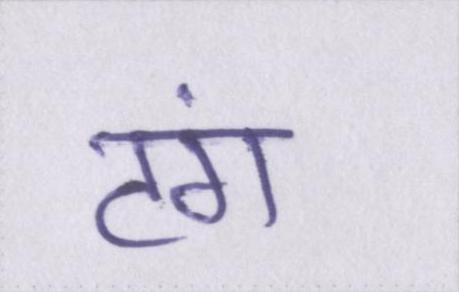
टंग